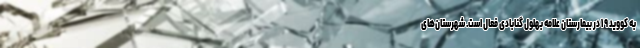
به کووید ۱۹ در بیمارستان علامه بهلول گنابادی فعال است. شهرستان‌های